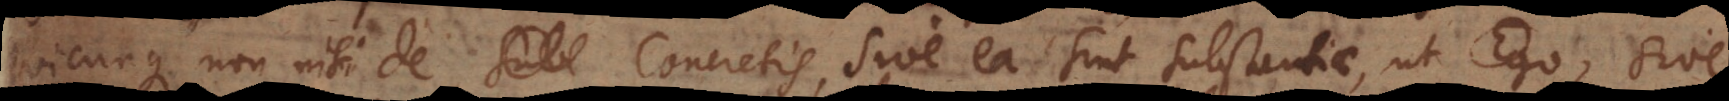
quicunque non nisi de Concretis, sive ea sint substantiae, ut Ego, sive